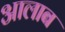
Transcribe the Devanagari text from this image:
आलाब